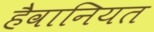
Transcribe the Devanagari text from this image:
हैवानियत